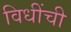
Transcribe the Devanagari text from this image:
विधींची